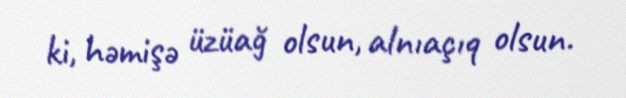
ki, həmişə üzüağ olsun, alnıaçıq olsun.